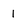
Character: l